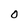
Character: O